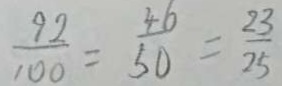
\frac { 9 2 } { 1 0 0 } = \frac { 4 6 } { 5 0 } = \frac { 2 3 } { 2 5 }